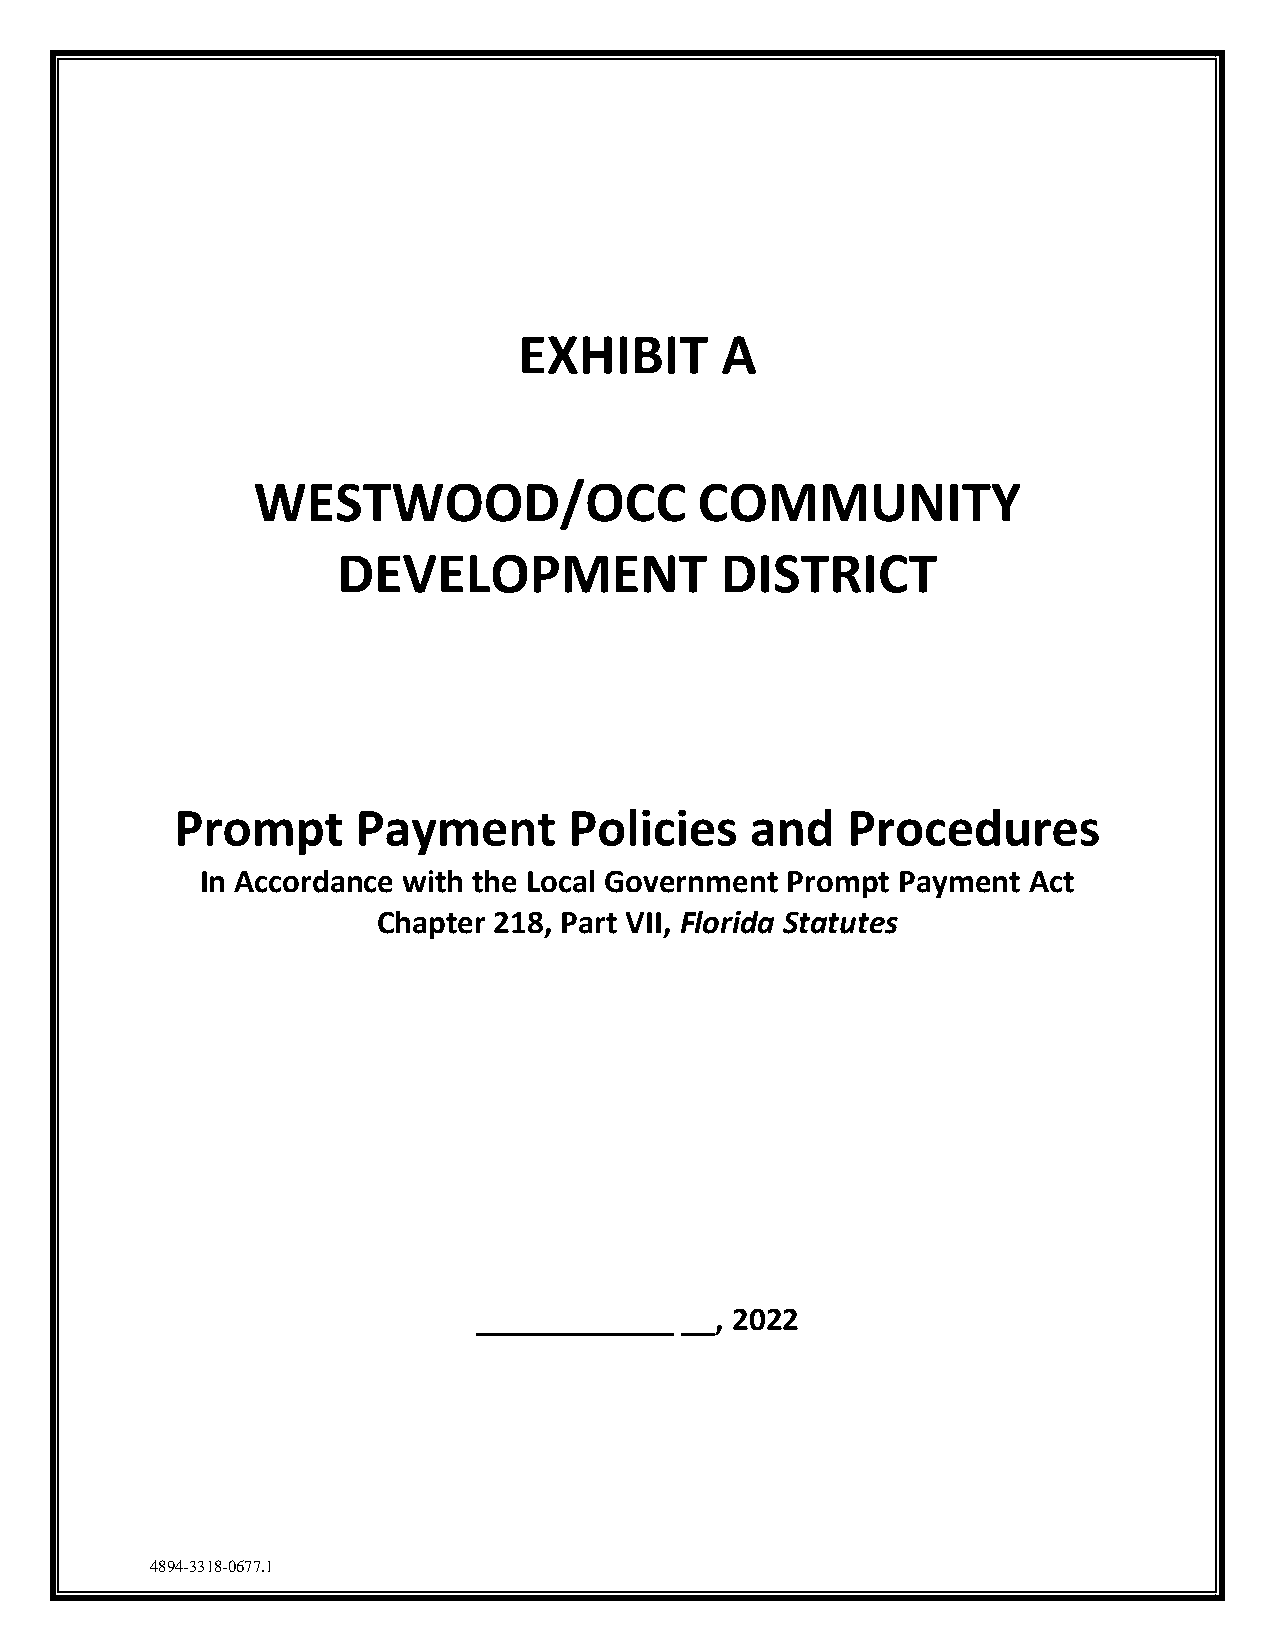
EXHIBIT       A
 WESTWOOD/OCC                 COMMUNITY
 DEVELOPMENT               DISTRICT
 Prompt      Payment       Policies    and   Procedures
 In Accordance with the Local Government Prompt Payment Act
 Chapter 218, Part VII, Florida Statutes
 ____________  __, 2022
 4894-3318-0677.1